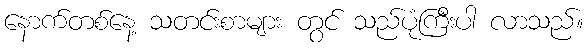
နောက်တစ်နေ့ သတင်းစာများ တွင် သည်ပုံကြီးပါ လာသည်။